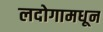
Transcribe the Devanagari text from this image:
लदोगामधून